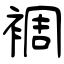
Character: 裯